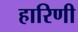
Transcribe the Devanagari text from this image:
हारिणी